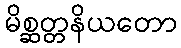
မိစ္ဆတ္တနိယတော